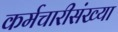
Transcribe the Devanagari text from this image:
कर्मचारीसंख्या